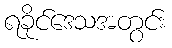
ရခိုင်ဒေသအတွင်း